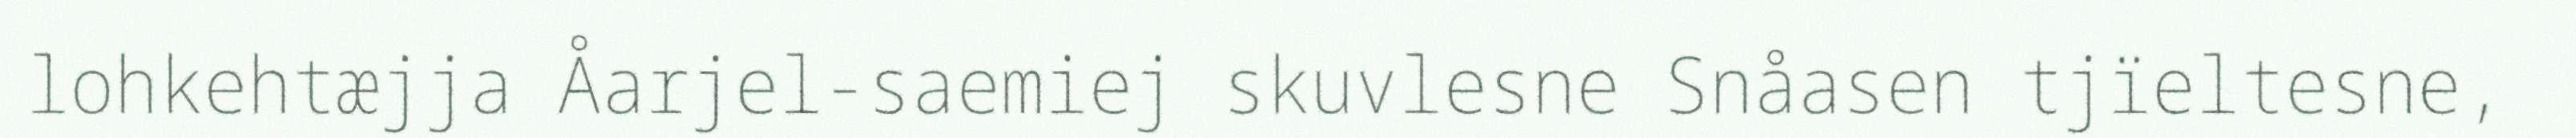
lohkehtæjja Åarjel-saemiej skuvlesne Snåasen tjïeltesne,